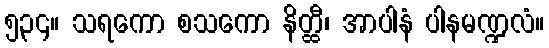
၅၃၄။ သရကော စသကော နိတ္ထီ၊ အာပါနံ ပါနမဏ္ဍလံ။